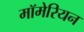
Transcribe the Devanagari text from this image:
मॉमेरियन